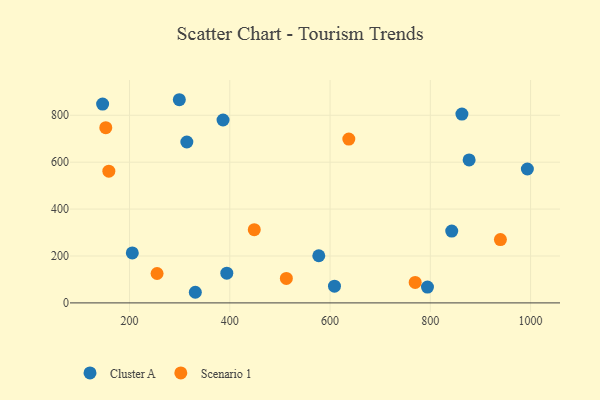
{"axis": {"x": "Experience", "y": "Exam Score"}, "legend": ["Cluster A", "Scenario 1"], "data": [{"x": "299.3", "y": 866.3, "type": "Cluster A"}, {"x": "863.0", "y": 805.2, "type": "Cluster A"}, {"x": "877.4", "y": 609.7, "type": "Cluster A"}, {"x": "394.0", "y": 126.9, "type": "Cluster A"}, {"x": "331.2", "y": 45.3, "type": "Cluster A"}, {"x": "794.3", "y": 67.5, "type": "Cluster A"}, {"x": "205.5", "y": 213.2, "type": "Cluster A"}, {"x": "993.6", "y": 570.9, "type": "Cluster A"}, {"x": "842.7", "y": 306.1, "type": "Cluster A"}, {"x": "146.3", "y": 847.7, "type": "Cluster A"}, {"x": "577.5", "y": 201.1, "type": "Cluster A"}, {"x": "386.5", "y": 779.9, "type": "Cluster A"}, {"x": "608.8", "y": 71.2, "type": "Cluster A"}, {"x": "314.3", "y": 686.0, "type": "Cluster A"}, {"x": "448.8", "y": 312.1, "type": "Scenario 1"}, {"x": "158.7", "y": 561.5, "type": "Scenario 1"}, {"x": "152.6", "y": 747.0, "type": "Scenario 1"}, {"x": "512.8", "y": 104.4, "type": "Scenario 1"}, {"x": "939.8", "y": 269.8, "type": "Scenario 1"}, {"x": "254.9", "y": 125.3, "type": "Scenario 1"}, {"x": "769.8", "y": 87.2, "type": "Scenario 1"}, {"x": "637.4", "y": 698.5, "type": "Scenario 1"}]}